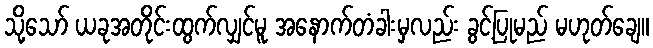
သို့သော် ယခုအတိုင်းထွက်လျှင်မူ အနောက်တံခါးမှလည်း ခွင့်ပြုမည် မဟုတ်ချေ။